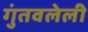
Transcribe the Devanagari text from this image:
गुंतवलेली